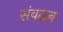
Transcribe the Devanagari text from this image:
संवद्धन